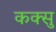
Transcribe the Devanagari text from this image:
कक्सु